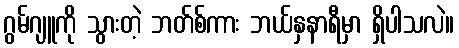
ဂွမ်ဂျူကို သွားတဲ့ ဘတ်စ်ကား ဘယ်နှနာရီမှာ ရှိပါသလဲ။